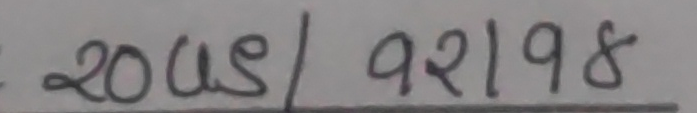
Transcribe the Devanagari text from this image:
२०us/ १२।१९४